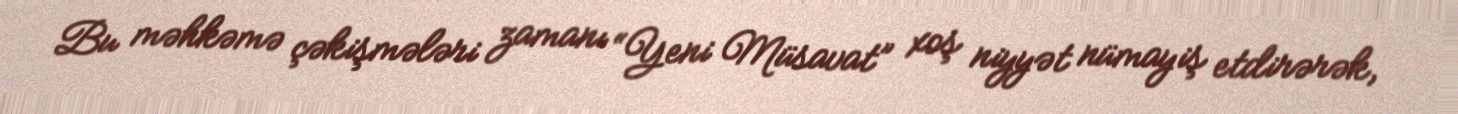
Bu məhkəmə çəkişmələri zamanı “Yeni Müsavat” xoş niyyət nümayiş etdirərək,